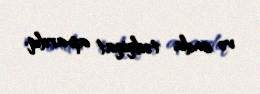
və onda tədqiqat apardıq.